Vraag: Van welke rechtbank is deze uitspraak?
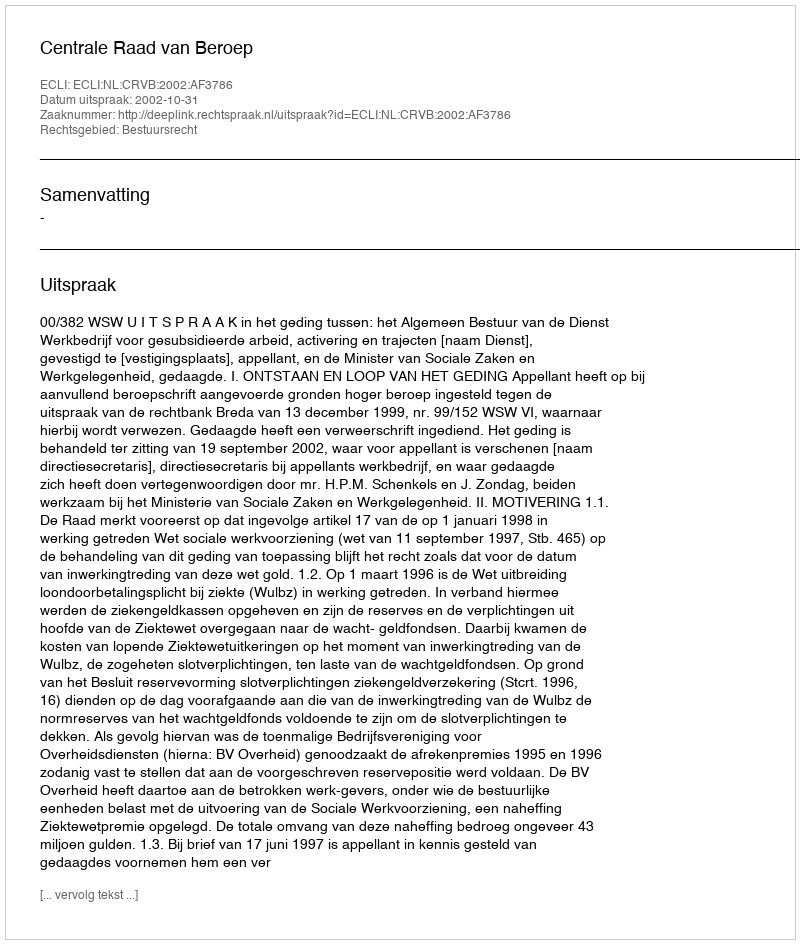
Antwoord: Centrale Raad van Beroep